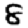
Digit: 8